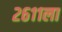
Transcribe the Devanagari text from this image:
२६११ला